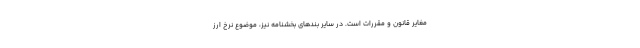
مغایر قانون و مقررات است. در سایر بندهای بخشنامه نیز، موضوع نرخ ارز